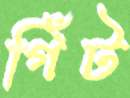
গিঁট